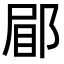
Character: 𮟿